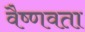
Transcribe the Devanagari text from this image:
वैष्णवता